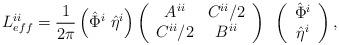
LaTeX: \begin{align*}L_{eff}^{ii} = \frac{1}{2\pi} \left( \hat{\Phi}^i ~ \hat{\eta}^i \right)\left( \begin{array}{cc}A^{ii} & C^{ii}/2 \\C^{ii}/2& B^{ii}\end{array} \right) ~ \left( \begin{array}{c}\hat{\Phi}^i\\\hat{\eta}^i\end{array}\right),\end{align*}